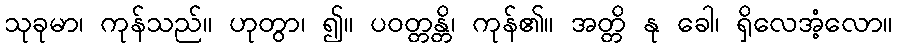
သုခုမာ၊ ကုန်သည်။ ဟုတွာ၊ ၍။ ပဝတ္တန္တိ၊ ကုန်၏။ အတ္တိ နု ခေါ၊ ရှိလေအံ့လော။